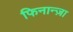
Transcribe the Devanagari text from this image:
फिनान्ज़ा